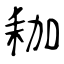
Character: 耞